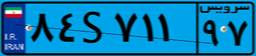
۸۴S۷۱۱۹۷